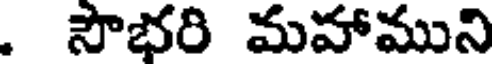
. సౌభరి మహాముని